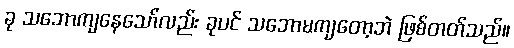
ခု သဘောကျနေသော်လည်း ခုပင် သဘောမကျတော့ဘဲ ဖြစ်တတ်သည်။